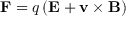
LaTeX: \mathbf { F } = q \left( \mathbf { E } + \mathbf { v } \times \mathbf { B } \right)